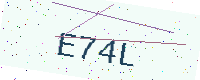
Text: E74L